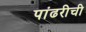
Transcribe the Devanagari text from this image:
पांढरीची